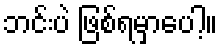
ဘင်းပဲ ဖြစ်ရမှာပေါ့။